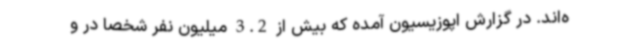
ه‌اند. در گزارش اپوزیسیون آمده که بیش از 3.2 میلیون نفر شخصا در و